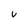
Character: U